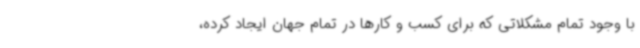
با وجود تمام مشکلاتی که برای کسب و کارها در تمام جهان ایجاد کرده،